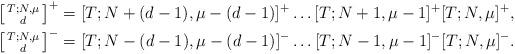
LaTeX: \begin{align*}&\left[ \begin{smallmatrix} T; N, \mu \\ d \end{smallmatrix} \right]^+ = [T; N+ (d-1), \mu - (d -1)]^+ \dots [T; N+1, \mu -1]^+ [T; N, \mu]^+, \\&\left[ \begin{smallmatrix} T; N, \mu \\ d \end{smallmatrix} \right]^- = [T; N-(d-1), \mu -(d-1)]^- \dots [T; N-1, \mu -1]^- [T; N, \mu]^-.\end{align*}